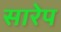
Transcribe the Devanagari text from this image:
सारेप